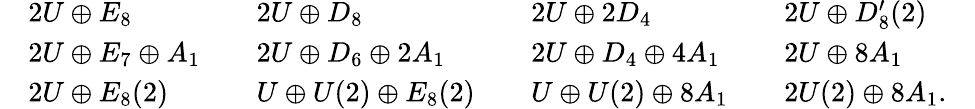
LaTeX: \begin{array}{rlrlrlrlr}&{2U\oplus E_{8}}&&{2U\oplus D_{8}}&&{2U\oplus 2D_{4}}&&{2U\oplus D_{8}^{\prime}(2)}&\\ &{2U\oplus E_{7}\oplus A_{1}}&&{2U\oplus D_{6}\oplus 2A_{1}}&&{2U\oplus D_{4}\oplus 4A_{1}}&&{2U\oplus 8A_{1}}&\\ &{2U\oplus E_{8}(2)}&&{U\oplus U(2)\oplus E_{8}(2)}&&{U\oplus U(2)\oplus 8A_{1}}&&{2U(2)\oplus 8A_{1}.}&\end{array}